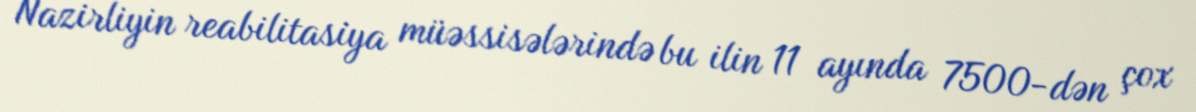
Nazirliyin reabilitasiya müəssisələrində bu ilin 11 ayında 7500-dən çox